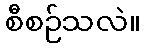
စီစဉ်သလဲ။